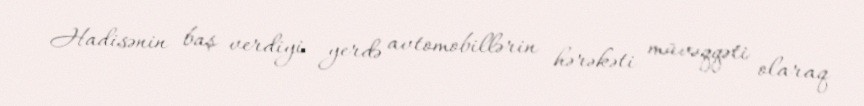
Hadisənin baş verdiyi yerdə avtomobillərin hərəkəti müvəqqəti olaraq